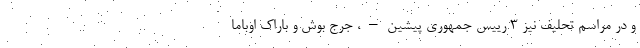
و در مراسم تحلیف نیز 3 رییس جمهوری پیشین – ، جرج بوش و باراک اوباما-